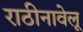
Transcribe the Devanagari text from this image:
राठीनावेलू